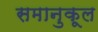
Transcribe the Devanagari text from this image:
समानुकूल